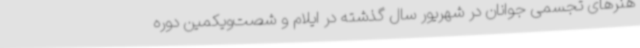
هنرهای تجسمی جوانان در شهریور سال گذشته در ایلام و شصت‌ویکمین دوره